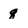
Character: q